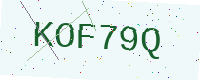
Text: KOF79Q